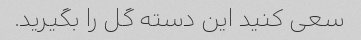
سعی کنید این دسته گل را بگیرید.